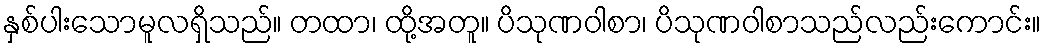
နှစ်ပါးသောမူလရှိသည်။ တထာ၊ ထို့အတူ။ ပိသုဏဝါစာ၊ ပိသုဏဝါစာသည်လည်းကောင်း။